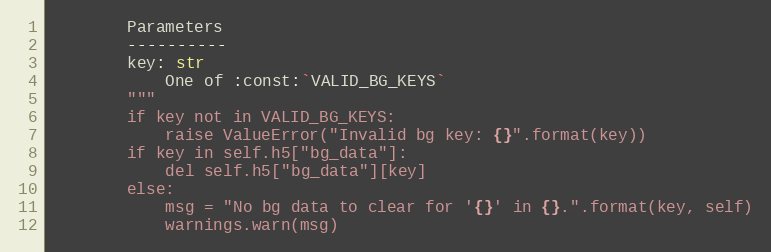
Language: Python
        Parameters
        ----------
        key: str
            One of :const:`VALID_BG_KEYS`
        """
        if key not in VALID_BG_KEYS:
            raise ValueError("Invalid bg key: {}".format(key))
        if key in self.h5["bg_data"]:
            del self.h5["bg_data"][key]
        else:
            msg = "No bg data to clear for '{}' in {}.".format(key, self)
            warnings.warn(msg)